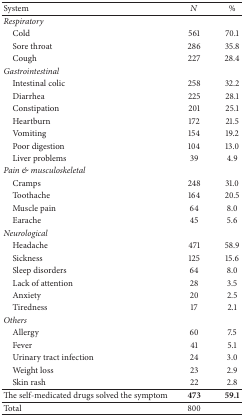
<table><thead><tr><td><b>System </b></td><td><b><i>N</i></b></td><td><b>%</b></td></tr></thead><tbody><tr><td><i>Respiratory</i></td><td> </td><td> </td></tr><tr><td> Cold</td><td>561</td><td>70.1</td></tr><tr><td> Sore throat</td><td>286</td><td>35.8</td></tr><tr><td> Cough</td><td>227</td><td>28.4</td></tr><tr><td><i>Gastrointestinal</i></td><td> </td><td> </td></tr><tr><td> Intestinal colic</td><td>258</td><td>32.2</td></tr><tr><td> Diarrhea</td><td>225</td><td>28.1</td></tr><tr><td> Constipation</td><td>201</td><td>25.1</td></tr><tr><td> Heartburn</td><td>172</td><td>21.5</td></tr><tr><td> Vomiting</td><td>154</td><td>19.2</td></tr><tr><td> Poor digestion</td><td>104</td><td>13.0</td></tr><tr><td> Liver problems</td><td>39</td><td>4.9</td></tr><tr><td><i>Pain &amp; musculoskeletal</i></td><td> </td><td> </td></tr><tr><td> Cramps</td><td>248</td><td>31.0</td></tr><tr><td> Toothache</td><td>164</td><td>20.5</td></tr><tr><td> Muscle pain</td><td>64</td><td>8.0</td></tr><tr><td> Earache</td><td>45</td><td>5.6</td></tr><tr><td><i>Neurological </i></td><td> </td><td> </td></tr><tr><td> Headache</td><td>471</td><td>58.9</td></tr><tr><td> Sickness</td><td>125</td><td>15.6</td></tr><tr><td> Sleep disorders</td><td>64</td><td>8.0</td></tr><tr><td> Lack of attention</td><td>28</td><td>3.5</td></tr><tr><td> Anxiety</td><td>20</td><td>2.5</td></tr><tr><td> Tiredness</td><td>17</td><td>2.1</td></tr><tr><td><i>Others </i></td><td> </td><td> </td></tr><tr><td> Allergy</td><td>60</td><td>7.5</td></tr><tr><td> Fever</td><td>41</td><td>5.1</td></tr><tr><td> Urinary tract infection</td><td>24</td><td>3.0</td></tr><tr><td> Weight loss</td><td>23</td><td>2.9</td></tr><tr><td> Skin rash</td><td>22</td><td>2.8</td></tr><tr><td>The self-medicated drugs solved the symptom</td><td><b>473</b></td><td><b>59.1</b></td></tr><tr><td>Total</td><td>800</td><td> </td></tr></tbody></table>